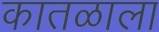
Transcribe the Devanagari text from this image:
कातळाला